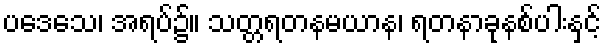
ပဒေသေ၊ အရပ်၌။ သတ္တရတနမယာန၊ ရတနာခုနစ်ပါးနှင့်